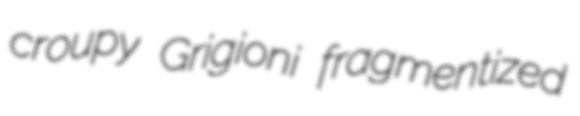
croupy Grigioni fragmentized